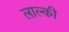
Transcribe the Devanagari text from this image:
लाल्की